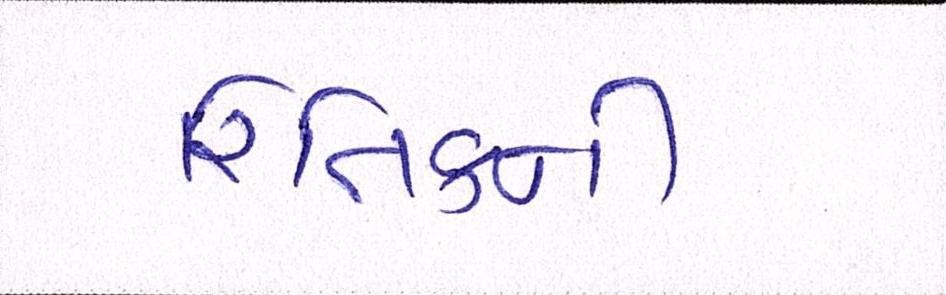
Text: રિતિકની